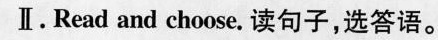
Ⅱ.Read and choose.读句子,选答语。